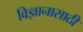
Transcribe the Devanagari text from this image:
विज्ञानासाठी